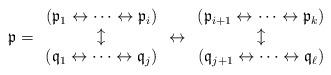
LaTeX: \begin{align*}\mathfrak p=\begin{array}{c}(\mathfrak p_1\leftrightarrow\cdots\leftrightarrow\mathfrak p_i)\\\updownarrow\\(\mathfrak q_1\leftrightarrow\cdots\leftrightarrow\mathfrak q_j)\end{array}\leftrightarrow\begin{array}{c}(\mathfrak p_{i+1}\leftrightarrow\cdots\leftrightarrow\mathfrak p_k)\\\updownarrow\\(\mathfrak q_{j+1}\leftrightarrow\cdots\leftrightarrow\mathfrak q_\ell)\end{array}\end{align*}